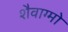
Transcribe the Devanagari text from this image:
शैवाग्मो